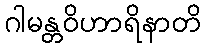
ဂါမန္တဝိဟာရိနာတိ